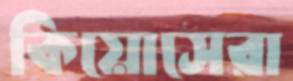
কিয়োসেরা